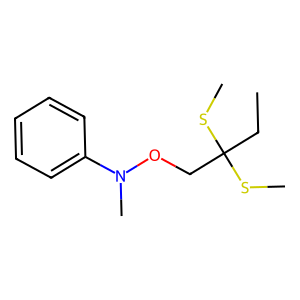
SMILES: CCC(CON(C)c1ccccc1)(SC)SC
Inhibits HIV replication: No